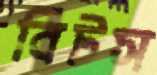
বিটস